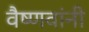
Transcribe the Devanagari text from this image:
वैष्णवांनी